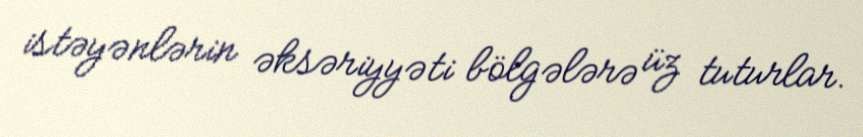
istəyənlərin əksəriyyəti bölgələrə üz tuturlar.